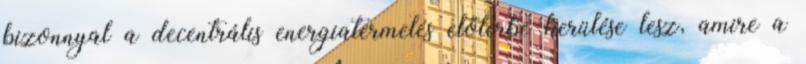
bizonnyal a decentrális energiatermelés előtérbe kerülése lesz, amire a